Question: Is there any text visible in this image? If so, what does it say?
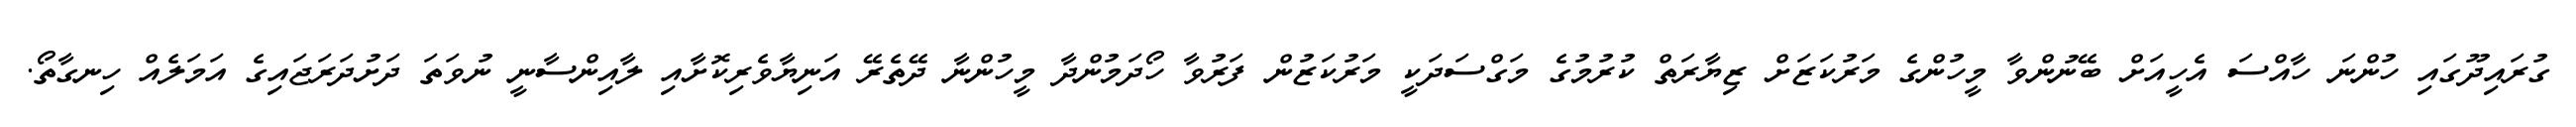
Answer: ގުރައިދޫގައި ހުންނަ ހާއްސަ އެހީއަށް ބޭނުންވާ މީހުންގެ މަރުކަޒަށް ޒިޔާރަތް ކުރުމުގެ މަގްސަދަކީ މަރުކަޒުން ފަރުވާ ހޯދަމުންދާ މީހުންނާ ދޭތެރޭ އަނިޔާވެރިކޮށާއި ލާއިންސާނީ ނުވަތަ ދަށުދަރަޖައިގެ އަމަލެއް ހިނގާތޯ.